NAE_EAOK_eestikeelsed_sunnimeetrikad, lk 195
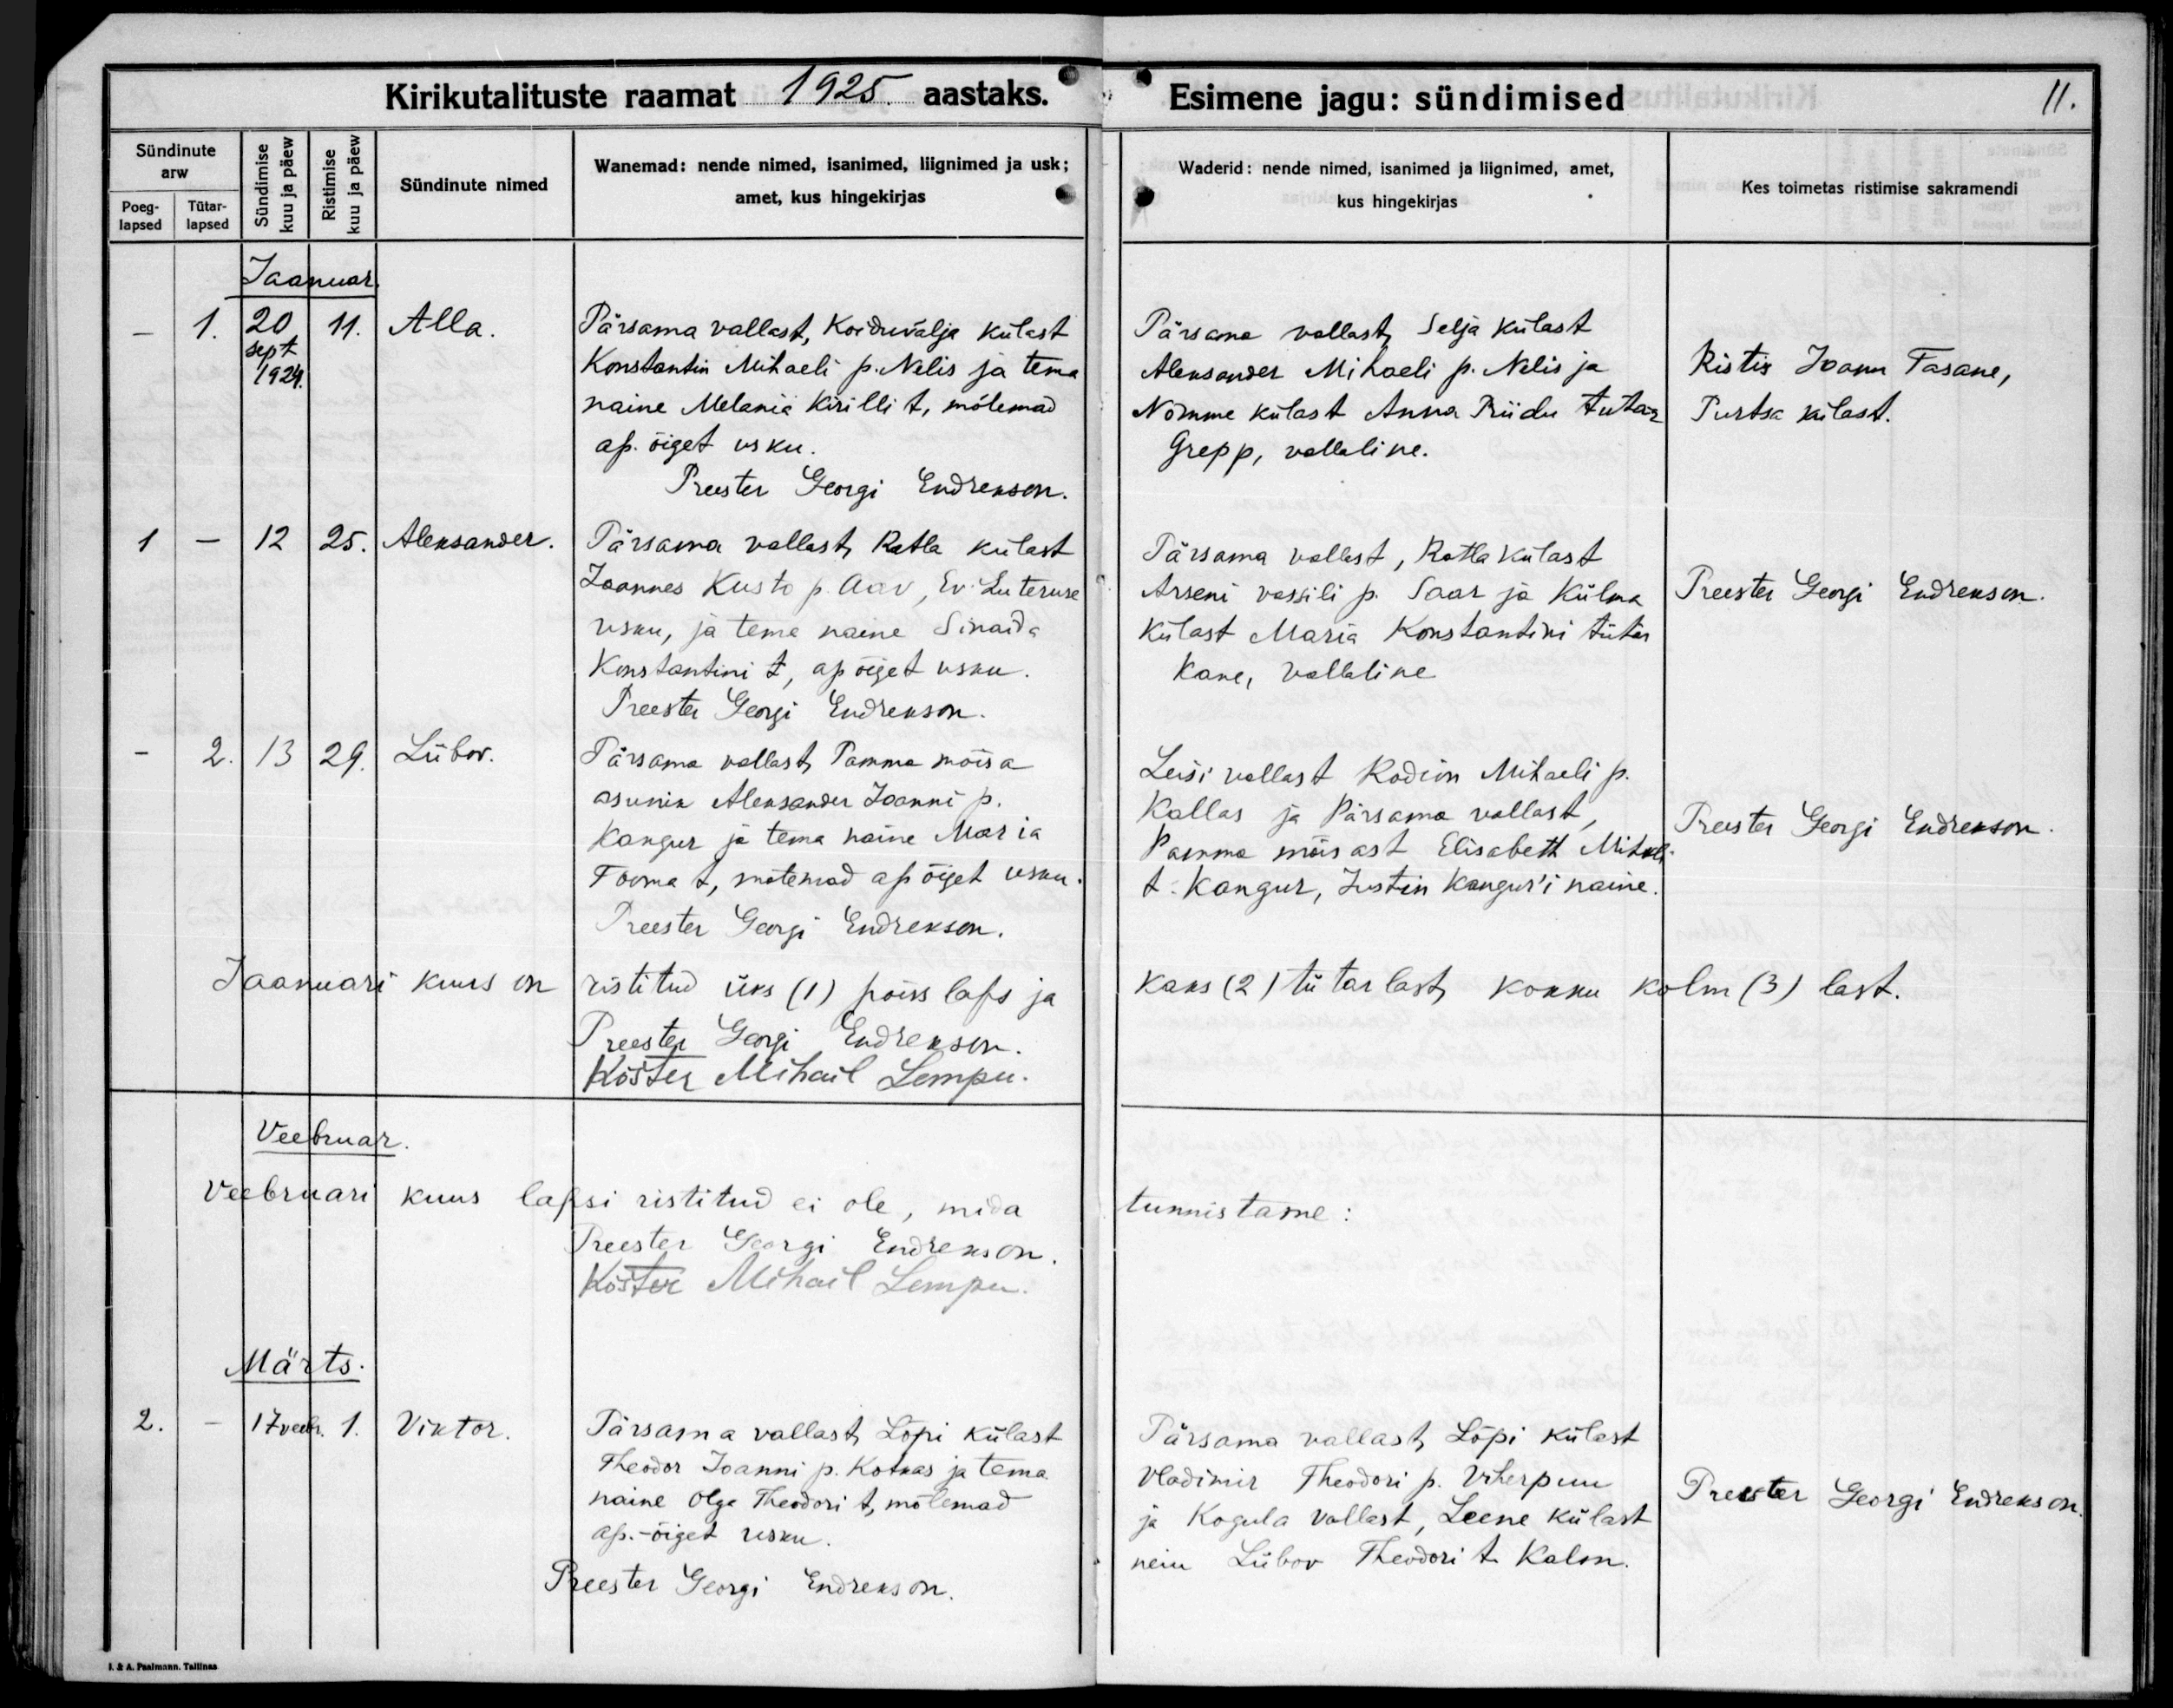
Alla

Aleksander

Liibov

Viktor

Pärsama vallast, Koiduvälja külast
Konstantin Mihaeli p. Nelis ja tema
naine Melania Kirilli t, mõlemad
ap. õiget usku.

Pärsama vallast Retla külast
Joannes Kusto p Aav, Ev. Luteruse
usku, ja tema naine Sinaida
Konstantini t, ap õiget usku

Pärsama vallast Tamme mõisa
asunik Aleksandet Joanni p.
Kangur ja tema naine Maria
Tooma t, mõlemad ap õiget usku.

Pärsama vallast, Lopi külast
Theodor Joanni p. Kotkas ja tema
naine Olga Theodori t, mõlemad
ap.-õiget usku.